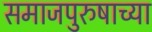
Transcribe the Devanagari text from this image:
समाजपुरुषाच्या